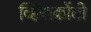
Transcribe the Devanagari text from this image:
व्हिसकोंटी